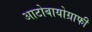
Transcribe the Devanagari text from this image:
आटोबायोग्राफी